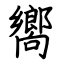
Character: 嚮